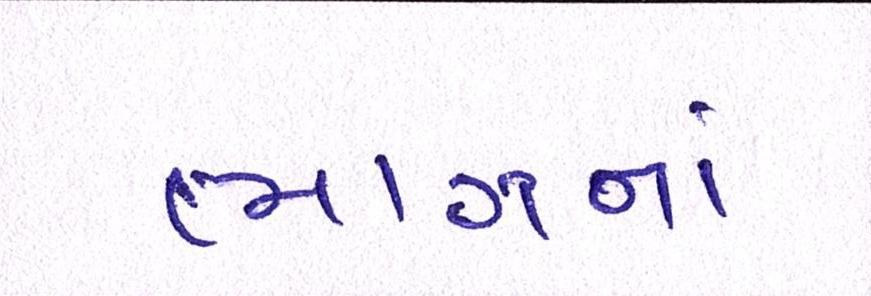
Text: ભાગનાં